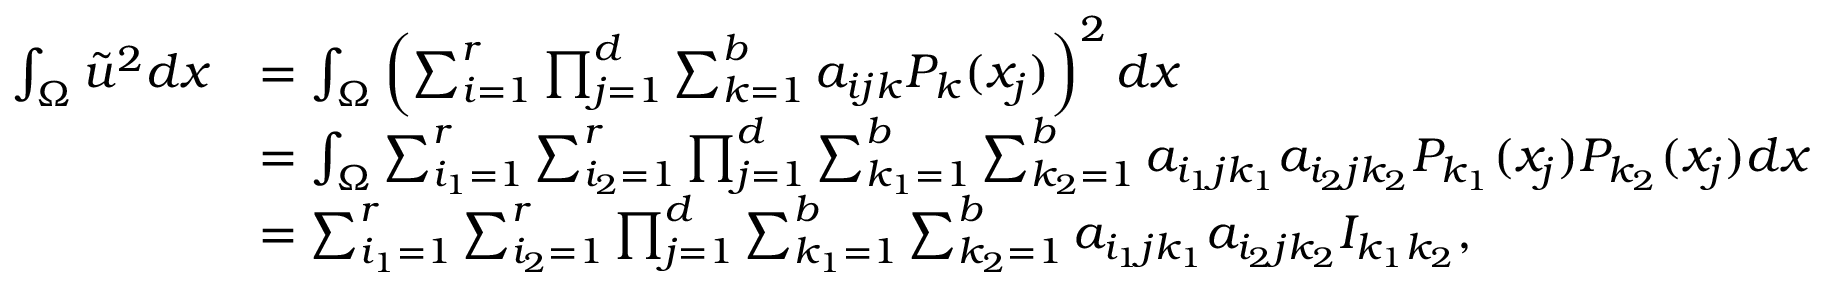
\begin{array} { r l } { \int _ { \Omega } \tilde { u } ^ { 2 } d x } & { = \int _ { \Omega } \left( \sum _ { i = 1 } ^ { r } \prod _ { j = 1 } ^ { d } \sum _ { k = 1 } ^ { b } a _ { i j k } P _ { k } ( x _ { j } ) \right) ^ { 2 } d x } \\ & { = \int _ { \Omega } \sum _ { i _ { 1 } = 1 } ^ { r } \sum _ { i _ { 2 } = 1 } ^ { r } \prod _ { j = 1 } ^ { d } \sum _ { k _ { 1 } = 1 } ^ { b } \sum _ { k _ { 2 } = 1 } ^ { b } a _ { i _ { 1 } j k _ { 1 } } a _ { i _ { 2 } j k _ { 2 } } P _ { k _ { 1 } } ( x _ { j } ) P _ { k _ { 2 } } ( x _ { j } ) d x } \\ & { = \sum _ { i _ { 1 } = 1 } ^ { r } \sum _ { i _ { 2 } = 1 } ^ { r } \prod _ { j = 1 } ^ { d } \sum _ { k _ { 1 } = 1 } ^ { b } \sum _ { k _ { 2 } = 1 } ^ { b } a _ { i _ { 1 } j k _ { 1 } } a _ { i _ { 2 } j k _ { 2 } } I _ { k _ { 1 } k _ { 2 } } , } \end{array}